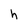
Character: h